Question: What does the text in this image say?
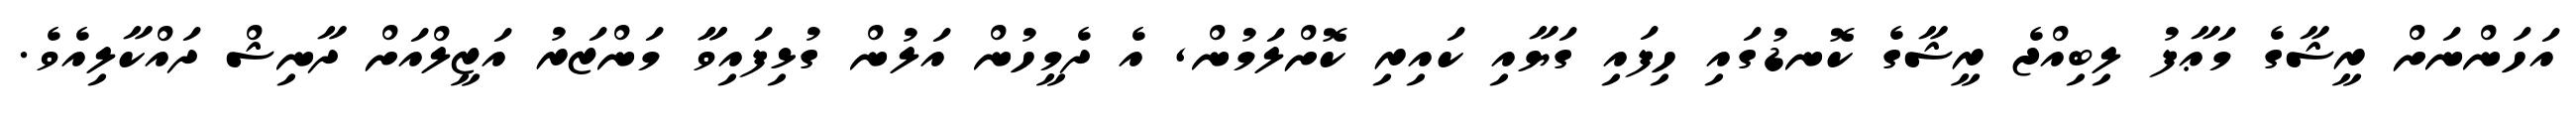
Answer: އަހަންނަށް ރީޝާގެ މަޢާފު ލިބިއްޖެ ރީޝާގެ ކޮނޑުގައި ހިފައި ގަޔާއި ކައިރި ކޮށްލަމުން, އެ ދެމީހުން އަލުން ގުޅިފައިވާާ މަންޒަރު އަޒީލްއަށް ދާނިޝް ދައްކާލިއެވެ.